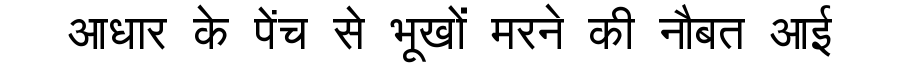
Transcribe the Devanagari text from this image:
आधार के पेंच से भूखों मरने की नौबत आई